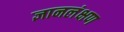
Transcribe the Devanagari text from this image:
ज्ञानलंक्षण